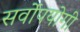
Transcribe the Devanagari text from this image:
सर्वोपयोगी